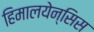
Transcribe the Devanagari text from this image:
हिमालयेन्सिस